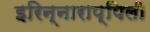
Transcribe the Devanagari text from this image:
इरिन्नाराप्पिली